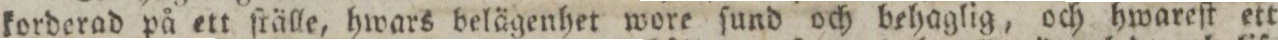
korderad på ett ſtälle, hwars belägenhet wore ſund och behaglig, och hwareſt ett